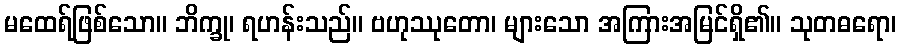
မထေရ်ဖြစ်သော။ ဘိက္ခု၊ ရဟန်းသည်။ ဗဟုဿုတော၊ များသော အကြားအမြင်ရှိ၏။ သုတဓရော၊